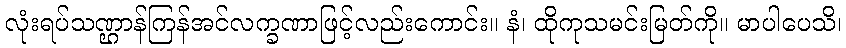
လုံးရပ်သဏ္ဌာန်ကြန်အင်လက္ခဏာဖြင့်လည်းကောင်း။ နံ၊ ထိုကုသမင်းမြတ်ကို။ မာပါပေသိ၊